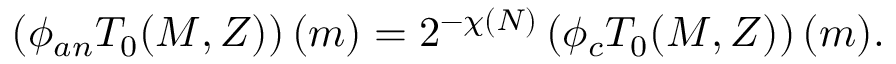
\left( \phi _ { a n } T _ { 0 } ( M , Z ) \right) ( m ) = 2 ^ { - \chi ( N ) } \left( \phi _ { c } T _ { 0 } ( M , Z ) \right) ( m ) .